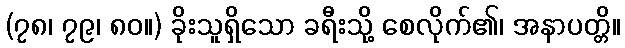
(၇၈၊ ၇၉၊ ၈၀။) ခိုးသူရှိသော ခရီးသို့ စေလိုက်၏၊ အနာပတ္တိ။